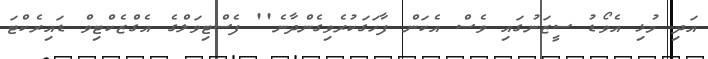
އަދި މުޅި އެވޯޑު ސީޒަނުގައި ވެސް އެކަން ފާހަގަކުރެވިގެންދާނެ'' ފެސްޓިވަލްގެ އެގްޒެކްޓިވް ޑައިރެކްޓަ